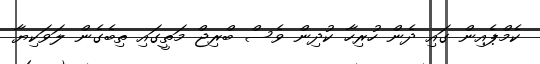
ކެމްޕެއިން ގައި ދެން ހުރިހާ ކުދިން ވެސް ބްރިޖް މަތީގައި ތިބެގެން ލަވަކިޔާ